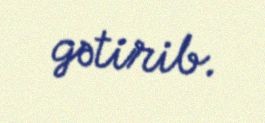
gətirib.